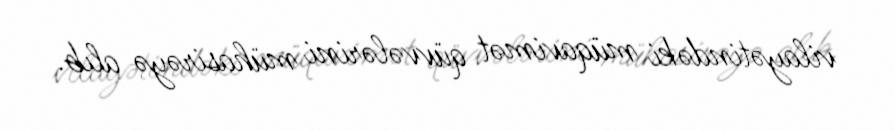
vilayətindəki müqavimət qüvvələrini mühasirəyə alıb.